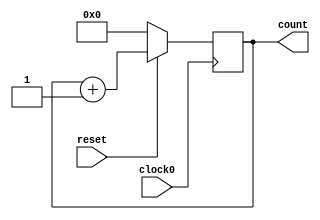
// This program was cloned from: https://github.com/tangxifan/micro_benchmark
// License: MIT License

/////////////////////////////////////////
//  Functionality: 16 bit up counter 
////////////////////////////////////////

module counterup16_1clk_negedge_sync_resetn(clock0, reset, count);

	input clock0, reset;
	output [15:0] count;
	reg [15:0] count;

	initial begin
      	  count <= 0;
    	end                                      

	always @ (negedge clock0) begin
		if (reset == 1'b0) begin
			count <= 0;
		end 
		else begin
			count <= count + 1;
		end
	end

endmodule